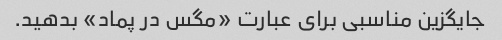
جایگزین مناسبی برای عبارت «مگس در پماد» بدهید.